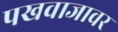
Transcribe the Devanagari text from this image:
पखवाजावर